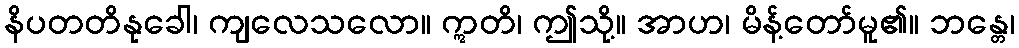
နိပတတိနုခေါ၊ ကျလေသလော။ ဣတိ၊ ဤသို့။ အာဟ၊ မိန့်တော်မူ၏။ ဘန္တေ၊